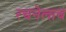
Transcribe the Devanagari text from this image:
रचनेलाच